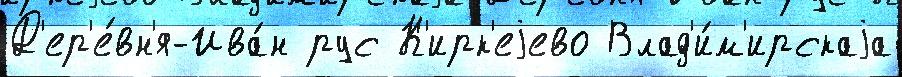
Д'ер'е́вн'я-Ива́н рус К'ирк'еjево Влад'и́м'ирскаjа